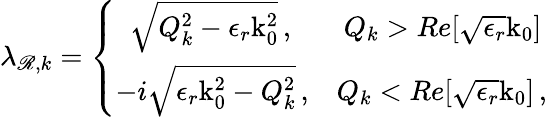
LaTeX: \lambda_{\mathscr{R},k}=\left\{ \begin{array}{ll}{\, \, \, \sqrt{Q_{k}^{2}-\epsilon_{r}\mathrm{k}_{0}^{2}}\, ,}&{\ Q_{k}>Re[\sqrt{\epsilon_{r}}\mathrm{k}_{0}]\, }\\ {-i\sqrt{\epsilon_{r}\mathrm{k}_{0}^{2}-Q_{k}^{2}}\, ,}&{Q_{k}<Re[\sqrt{\epsilon_{r}}\mathrm{k}_{0}]\, ,}\end{array}\right.